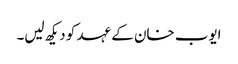
ایوب خان کے عہد کو دیکھ لیں۔